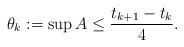
LaTeX: \begin{align*}\theta_k:=\sup A\leq \frac{t_{k+1}-t_k}{4}.\end{align*}